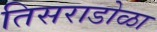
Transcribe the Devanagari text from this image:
तिसराडोळा